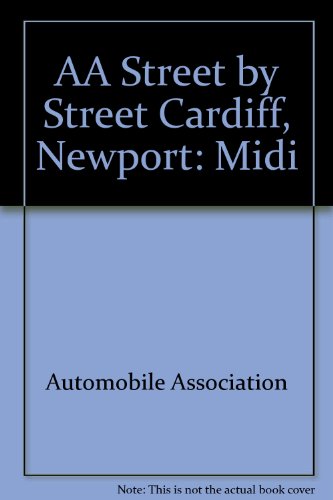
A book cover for AA Street by Street Cardiff, Newport: Midi; Automobile Association; Travel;